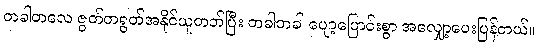
တခါတလေ ဇွတ်တရွတ်အနိုင်ယူတတ်ပြီး တခါတခါ ပျော့ပြောင်းစွာ အလျှော့ပေးပြန်တယ်။